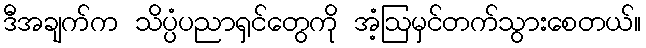
ဒီအချက်က သိပ္ပံပညာရှင်တွေကို အံ့ဩမှင်တက်သွားစေတယ်။